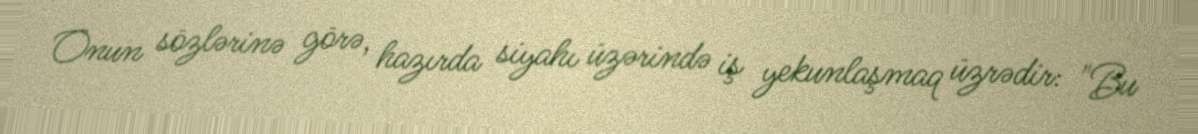
Onun sözlərinə görə, hazırda siyahı üzərində iş yekunlaşmaq üzrədir: "Bu